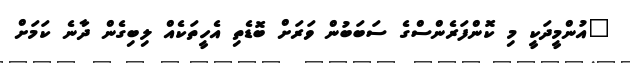
"އުންމީދަކީ މި ކޮންފަރެންސްގެ ސަބަބުން ވަރަށް ބޮޑެތި އެހީތަކެއް ލިބިގެން ދާނެ ކަމަށް